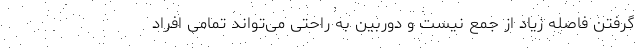
گرفتن فاصله زیاد از جمع نیست و دوربین به راحتی می‌تواند تمامی افراد